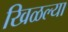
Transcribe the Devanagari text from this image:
खिळल्या